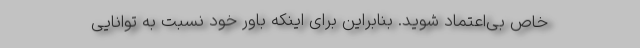
خاص بی‌اعتماد شوید. بنابراین برای اینکه باور خود نسبت به توانایی‌